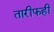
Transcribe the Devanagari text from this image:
तारीफही